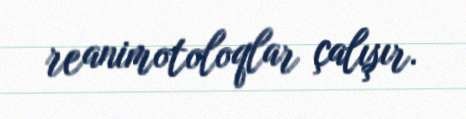
reanimotoloqlar çalışır.